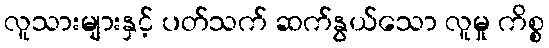
လူသားများနှင့် ပတ်သက် ဆက်နွယ်သော လူမှု ကိစ္စ